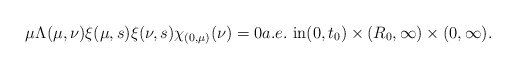
\begin{align*}\mu\Lambda(\mu,\nu)\xi(\mu,s)\xi(\nu,s)\chi_{(0,\mu)}(\nu)=0a.e.~\mbox{in}(0, t_{0})\times(R_{0}, \infty)\times(0, \infty).\end{align*}%\end{align*}